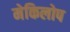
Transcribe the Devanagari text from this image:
मेकिलोप